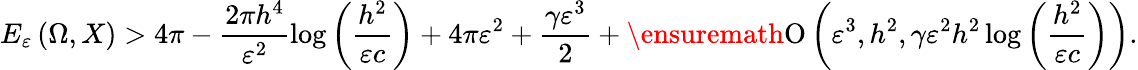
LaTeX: E_{\varepsilon}\left(\Omega,X\right)>4\pi-\frac{2\pi h^{4}}{\varepsilon^{2}}\log{\left(\frac{h^{2}}{\varepsilon c}\right)}+4\pi\varepsilon^{2}+\frac{\gamma\varepsilon^{3}}{2}+\ensuremath{\operatorname{O}\left(\varepsilon^{3},h^{2},\gamma\varepsilon^{2}h^{2}\log{\left(\frac{h^{2}}{\varepsilon c}\right)}\right)}.